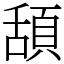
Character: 頢